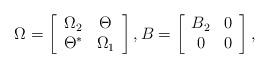
LaTeX: \begin{align*}\Omega=\left[\begin{array}[c]{cc}\Omega_{2} & \Theta\\\Theta^{\ast} & \Omega_{1}\end{array}\right] ,B=\left[\begin{array}[c]{cc}B_{2} & 0\\0 & 0\end{array}\right] , \end{align*}